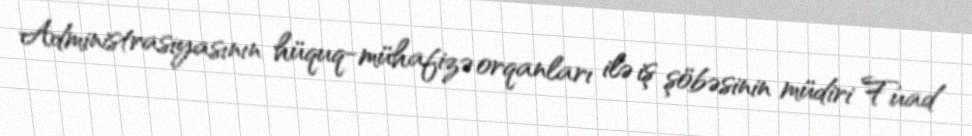
Administrasiyasının hüquq-mühafizə orqanları ilə iş şöbəsinin müdiri Fuad